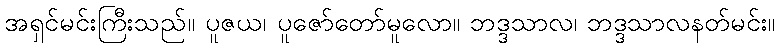
အရှင်မင်းကြီးသည်။ ပူဇယ၊ ပူဇော်တော်မူလော။ ဘဒ္ဒသာလ၊ ဘဒ္ဒသာလနတ်မင်း။